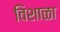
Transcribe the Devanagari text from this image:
विशाळा